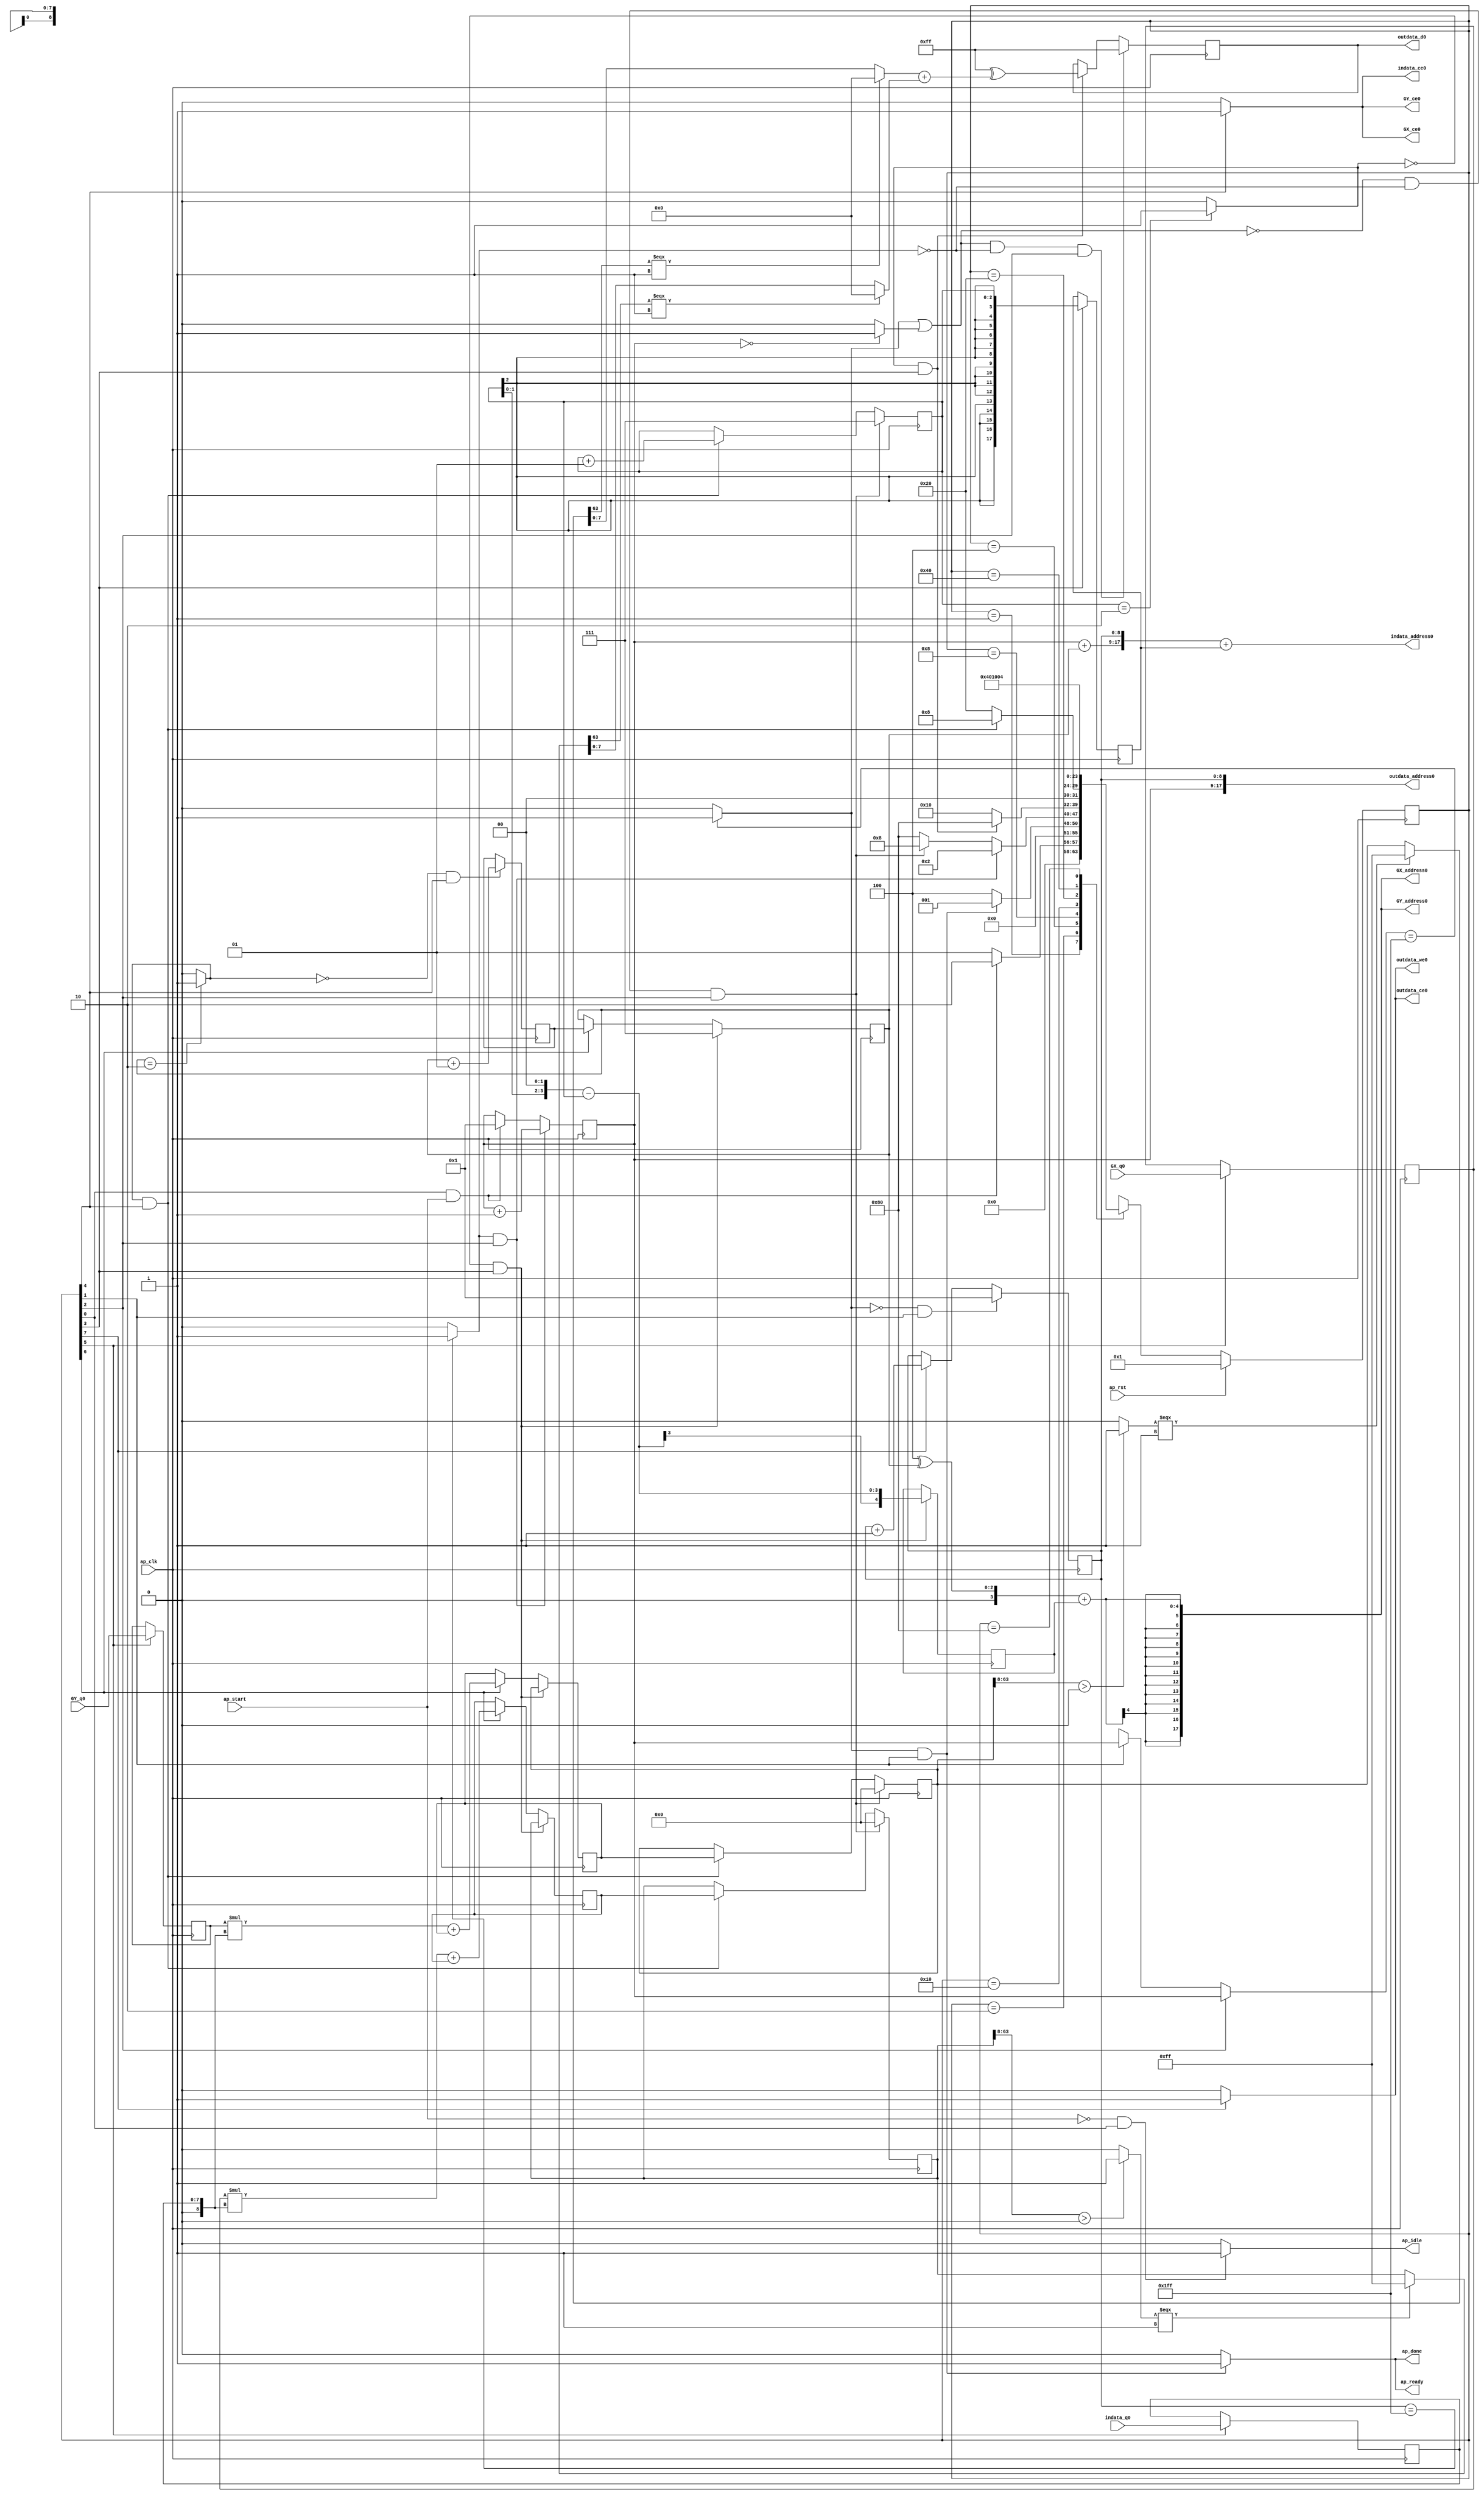
// ==============================================================
// RTL generated by Vivado(TM) HLS - High-Level Synthesis from C, C++ and OpenCL
// Version: 2019.2
// Copyright (C) 1986-2019 Xilinx, Inc. All Rights Reserved.
// 
// ===========================================================

`timescale 1 ns / 1 ps 

(* CORE_GENERATION_INFO="sobel,hls_ip_2019_2,{HLS_INPUT_TYPE=c,HLS_INPUT_FLOAT=0,HLS_INPUT_FIXED=0,HLS_INPUT_PART=xc7k70t-fbv676-1,HLS_INPUT_CLOCK=10.000000,HLS_INPUT_ARCH=others,HLS_SYN_CLOCK=8.566000,HLS_SYN_LAT=4942921,HLS_SYN_TPT=none,HLS_SYN_MEM=0,HLS_SYN_DSP=4,HLS_SYN_FF=394,HLS_SYN_LUT=743,HLS_VERSION=2019_2}" *)

module sobel (
        ap_clk,
        ap_rst,
        ap_start,
        ap_done,
        ap_idle,
        ap_ready,
        indata_address0,
        indata_ce0,
        indata_q0,
        outdata_address0,
        outdata_ce0,
        outdata_we0,
        outdata_d0,
        GX_address0,
        GX_ce0,
        GX_q0,
        GY_address0,
        GY_ce0,
        GY_q0
);

parameter    ap_ST_fsm_state1 = 8'd1;
parameter    ap_ST_fsm_state2 = 8'd2;
parameter    ap_ST_fsm_state3 = 8'd4;
parameter    ap_ST_fsm_state4 = 8'd8;
parameter    ap_ST_fsm_state5 = 8'd16;
parameter    ap_ST_fsm_state6 = 8'd32;
parameter    ap_ST_fsm_state7 = 8'd64;
parameter    ap_ST_fsm_state8 = 8'd128;

input   ap_clk;
input   ap_rst;
input   ap_start;
output   ap_done;
output   ap_idle;
output   ap_ready;
output  [17:0] indata_address0;
output   indata_ce0;
input  [7:0] indata_q0;
output  [17:0] outdata_address0;
output   outdata_ce0;
output   outdata_we0;
output  [7:0] outdata_d0;
output  [17:0] GX_address0;
output   GX_ce0;
input  [31:0] GX_q0;
output  [17:0] GY_address0;
output   GY_ce0;
input  [31:0] GY_q0;

reg ap_done;
reg ap_idle;
reg ap_ready;
reg indata_ce0;
reg outdata_ce0;
reg outdata_we0;
reg GX_ce0;
reg GY_ce0;

(* fsm_encoding = "none" *) reg   [7:0] ap_CS_fsm;
wire    ap_CS_fsm_state1;
wire   [8:0] Y_fu_242_p2;
wire    ap_CS_fsm_state3;
wire   [0:0] icmp_ln14_fu_224_p2;
wire  signed [17:0] sext_ln37_fu_248_p1;
reg  signed [17:0] sext_ln37_reg_521;
wire    ap_CS_fsm_state4;
wire  signed [4:0] sext_ln39_1_fu_280_p1;
reg  signed [4:0] sext_ln39_1_reg_529;
wire   [0:0] icmp_ln37_fu_256_p2;
wire   [7:0] xor_ln51_fu_378_p2;
wire    ap_CS_fsm_state5;
wire   [0:0] icmp_ln38_fu_384_p2;
wire   [2:0] J_fu_443_p2;
reg   [2:0] J_reg_557;
wire   [2:0] I_fu_449_p2;
reg   [7:0] indata_load_reg_567;
wire    ap_CS_fsm_state6;
reg  signed [31:0] GX_load_reg_572;
reg  signed [31:0] GY_load_reg_577;
wire   [63:0] sumX_fu_467_p2;
wire    ap_CS_fsm_state7;
wire   [63:0] sumY_fu_482_p2;
wire   [8:0] X_fu_501_p2;
wire    ap_CS_fsm_state8;
wire   [8:0] ap_phi_mux_Y_0_phi_fu_114_p4;
reg   [8:0] Y_0_reg_110;
reg   [8:0] X_0_reg_122;
wire    ap_CS_fsm_state2;
wire   [0:0] grp_fu_217_p2;
reg   [63:0] sumY_0_reg_134;
wire   [0:0] empty_7_fu_236_p2;
reg   [63:0] sumX_0_reg_146;
reg  signed [2:0] I_0_reg_158;
reg   [63:0] sumY_1_reg_170;
reg   [63:0] sumX_1_reg_182;
reg  signed [2:0] J_0_reg_194;
reg   [7:0] phi_ln53_reg_205;
wire   [63:0] zext_ln39_fu_413_p1;
wire   [63:0] zext_ln39_3_fu_437_p1;
wire   [63:0] zext_ln53_fu_496_p1;
reg   [8:0] grp_fu_217_p0;
wire   [0:0] empty_6_fu_230_p2;
wire   [1:0] trunc_ln39_fu_262_p1;
wire   [3:0] shl_ln_fu_266_p3;
wire  signed [3:0] sext_ln37_1_fu_252_p1;
wire   [3:0] sub_ln39_fu_274_p2;
wire   [55:0] tmp_1_fu_284_p4;
wire   [0:0] icmp_ln43_fu_294_p2;
wire   [63:0] select_ln43_fu_300_p3;
wire   [0:0] tmp_2_fu_308_p3;
wire   [7:0] trunc_ln44_fu_316_p1;
wire   [55:0] tmp_3_fu_328_p4;
wire   [0:0] icmp_ln47_fu_338_p2;
wire   [63:0] select_ln47_fu_344_p3;
wire   [0:0] tmp_4_fu_352_p3;
wire   [7:0] trunc_ln48_fu_360_p1;
wire   [7:0] select_ln48_fu_364_p3;
wire   [7:0] select_ln44_fu_320_p3;
wire   [7:0] add_ln51_fu_372_p2;
wire  signed [8:0] sext_ln39_2_fu_390_p1;
wire   [8:0] add_ln39_fu_394_p2;
wire   [17:0] tmp_fu_400_p3;
wire   [17:0] add_ln39_1_fu_408_p2;
wire   [2:0] xor_ln39_fu_418_p2;
wire   [4:0] zext_ln39_2_fu_424_p1;
wire   [4:0] add_ln39_2_fu_428_p2;
wire  signed [31:0] sext_ln39_3_fu_433_p1;
wire   [7:0] mul_ln39_fu_458_p1;
wire   [31:0] zext_ln39_1_fu_455_p1;
wire   [31:0] mul_ln39_fu_458_p2;
wire  signed [63:0] sext_ln39_fu_463_p1;
wire   [7:0] mul_ln40_fu_473_p1;
wire   [31:0] mul_ln40_fu_473_p2;
wire  signed [63:0] sext_ln40_fu_478_p1;
wire   [17:0] add_ln_fu_488_p3;
reg   [7:0] ap_NS_fsm;

// power-on initialization
initial begin
#0 ap_CS_fsm = 8'd1;
end

always @ (posedge ap_clk) begin
    if (ap_rst == 1'b1) begin
        ap_CS_fsm <= ap_ST_fsm_state1;
    end else begin
        ap_CS_fsm <= ap_NS_fsm;
    end
end

always @ (posedge ap_clk) begin
    if (((empty_7_fu_236_p2 == 1'd0) & (icmp_ln14_fu_224_p2 == 1'd0) & (1'b1 == ap_CS_fsm_state3))) begin
        I_0_reg_158 <= 3'd7;
    end else if (((icmp_ln38_fu_384_p2 == 1'd1) & (1'b1 == ap_CS_fsm_state5))) begin
        I_0_reg_158 <= I_fu_449_p2;
    end
end

always @ (posedge ap_clk) begin
    if (((icmp_ln37_fu_256_p2 == 1'd0) & (1'b1 == ap_CS_fsm_state4))) begin
        J_0_reg_194 <= 3'd7;
    end else if ((1'b1 == ap_CS_fsm_state7)) begin
        J_0_reg_194 <= J_reg_557;
    end
end

always @ (posedge ap_clk) begin
    if (((grp_fu_217_p2 == 1'd0) & (1'b1 == ap_CS_fsm_state2))) begin
        X_0_reg_122 <= 9'd1;
    end else if ((1'b1 == ap_CS_fsm_state8)) begin
        X_0_reg_122 <= X_fu_501_p2;
    end
end

always @ (posedge ap_clk) begin
    if (((icmp_ln14_fu_224_p2 == 1'd1) & (1'b1 == ap_CS_fsm_state3))) begin
        Y_0_reg_110 <= Y_fu_242_p2;
    end else if (((1'b1 == ap_CS_fsm_state1) & (ap_start == 1'b1))) begin
        Y_0_reg_110 <= 9'd1;
    end
end

always @ (posedge ap_clk) begin
    if (((empty_7_fu_236_p2 == 1'd1) & (icmp_ln14_fu_224_p2 == 1'd0) & (1'b1 == ap_CS_fsm_state3))) begin
        phi_ln53_reg_205 <= 8'd255;
    end else if (((icmp_ln37_fu_256_p2 == 1'd1) & (1'b1 == ap_CS_fsm_state4))) begin
        phi_ln53_reg_205 <= xor_ln51_fu_378_p2;
    end
end

always @ (posedge ap_clk) begin
    if (((empty_7_fu_236_p2 == 1'd0) & (icmp_ln14_fu_224_p2 == 1'd0) & (1'b1 == ap_CS_fsm_state3))) begin
        sumX_0_reg_146 <= 64'd0;
    end else if (((icmp_ln38_fu_384_p2 == 1'd1) & (1'b1 == ap_CS_fsm_state5))) begin
        sumX_0_reg_146 <= sumX_1_reg_182;
    end
end

always @ (posedge ap_clk) begin
    if (((icmp_ln37_fu_256_p2 == 1'd0) & (1'b1 == ap_CS_fsm_state4))) begin
        sumX_1_reg_182 <= sumX_0_reg_146;
    end else if ((1'b1 == ap_CS_fsm_state7)) begin
        sumX_1_reg_182 <= sumX_fu_467_p2;
    end
end

always @ (posedge ap_clk) begin
    if (((empty_7_fu_236_p2 == 1'd0) & (icmp_ln14_fu_224_p2 == 1'd0) & (1'b1 == ap_CS_fsm_state3))) begin
        sumY_0_reg_134 <= 64'd0;
    end else if (((icmp_ln38_fu_384_p2 == 1'd1) & (1'b1 == ap_CS_fsm_state5))) begin
        sumY_0_reg_134 <= sumY_1_reg_170;
    end
end

always @ (posedge ap_clk) begin
    if (((icmp_ln37_fu_256_p2 == 1'd0) & (1'b1 == ap_CS_fsm_state4))) begin
        sumY_1_reg_170 <= sumY_0_reg_134;
    end else if ((1'b1 == ap_CS_fsm_state7)) begin
        sumY_1_reg_170 <= sumY_fu_482_p2;
    end
end

always @ (posedge ap_clk) begin
    if ((1'b1 == ap_CS_fsm_state6)) begin
        GX_load_reg_572 <= GX_q0;
        GY_load_reg_577 <= GY_q0;
        indata_load_reg_567 <= indata_q0;
    end
end

always @ (posedge ap_clk) begin
    if (((icmp_ln38_fu_384_p2 == 1'd0) & (1'b1 == ap_CS_fsm_state5))) begin
        J_reg_557 <= J_fu_443_p2;
    end
end

always @ (posedge ap_clk) begin
    if ((1'b1 == ap_CS_fsm_state4)) begin
        sext_ln37_reg_521 <= sext_ln37_fu_248_p1;
    end
end

always @ (posedge ap_clk) begin
    if (((icmp_ln37_fu_256_p2 == 1'd0) & (1'b1 == ap_CS_fsm_state4))) begin
        sext_ln39_1_reg_529 <= sext_ln39_1_fu_280_p1;
    end
end

always @ (*) begin
    if ((1'b1 == ap_CS_fsm_state5)) begin
        GX_ce0 = 1'b1;
    end else begin
        GX_ce0 = 1'b0;
    end
end

always @ (*) begin
    if ((1'b1 == ap_CS_fsm_state5)) begin
        GY_ce0 = 1'b1;
    end else begin
        GY_ce0 = 1'b0;
    end
end

always @ (*) begin
    if (((grp_fu_217_p2 == 1'd1) & (1'b1 == ap_CS_fsm_state2))) begin
        ap_done = 1'b1;
    end else begin
        ap_done = 1'b0;
    end
end

always @ (*) begin
    if (((ap_start == 1'b0) & (1'b1 == ap_CS_fsm_state1))) begin
        ap_idle = 1'b1;
    end else begin
        ap_idle = 1'b0;
    end
end

always @ (*) begin
    if (((grp_fu_217_p2 == 1'd1) & (1'b1 == ap_CS_fsm_state2))) begin
        ap_ready = 1'b1;
    end else begin
        ap_ready = 1'b0;
    end
end

always @ (*) begin
    if ((1'b1 == ap_CS_fsm_state3)) begin
        grp_fu_217_p0 = Y_0_reg_110;
    end else if ((1'b1 == ap_CS_fsm_state2)) begin
        grp_fu_217_p0 = ap_phi_mux_Y_0_phi_fu_114_p4;
    end else begin
        grp_fu_217_p0 = 'bx;
    end
end

always @ (*) begin
    if ((1'b1 == ap_CS_fsm_state5)) begin
        indata_ce0 = 1'b1;
    end else begin
        indata_ce0 = 1'b0;
    end
end

always @ (*) begin
    if ((1'b1 == ap_CS_fsm_state8)) begin
        outdata_ce0 = 1'b1;
    end else begin
        outdata_ce0 = 1'b0;
    end
end

always @ (*) begin
    if ((1'b1 == ap_CS_fsm_state8)) begin
        outdata_we0 = 1'b1;
    end else begin
        outdata_we0 = 1'b0;
    end
end

always @ (*) begin
    case (ap_CS_fsm)
        ap_ST_fsm_state1 : begin
            if (((1'b1 == ap_CS_fsm_state1) & (ap_start == 1'b1))) begin
                ap_NS_fsm = ap_ST_fsm_state2;
            end else begin
                ap_NS_fsm = ap_ST_fsm_state1;
            end
        end
        ap_ST_fsm_state2 : begin
            if (((grp_fu_217_p2 == 1'd1) & (1'b1 == ap_CS_fsm_state2))) begin
                ap_NS_fsm = ap_ST_fsm_state1;
            end else begin
                ap_NS_fsm = ap_ST_fsm_state3;
            end
        end
        ap_ST_fsm_state3 : begin
            if (((icmp_ln14_fu_224_p2 == 1'd1) & (1'b1 == ap_CS_fsm_state3))) begin
                ap_NS_fsm = ap_ST_fsm_state2;
            end else if (((empty_7_fu_236_p2 == 1'd0) & (icmp_ln14_fu_224_p2 == 1'd0) & (1'b1 == ap_CS_fsm_state3))) begin
                ap_NS_fsm = ap_ST_fsm_state4;
            end else begin
                ap_NS_fsm = ap_ST_fsm_state8;
            end
        end
        ap_ST_fsm_state4 : begin
            if (((icmp_ln37_fu_256_p2 == 1'd1) & (1'b1 == ap_CS_fsm_state4))) begin
                ap_NS_fsm = ap_ST_fsm_state8;
            end else begin
                ap_NS_fsm = ap_ST_fsm_state5;
            end
        end
        ap_ST_fsm_state5 : begin
            if (((icmp_ln38_fu_384_p2 == 1'd1) & (1'b1 == ap_CS_fsm_state5))) begin
                ap_NS_fsm = ap_ST_fsm_state4;
            end else begin
                ap_NS_fsm = ap_ST_fsm_state6;
            end
        end
        ap_ST_fsm_state6 : begin
            ap_NS_fsm = ap_ST_fsm_state7;
        end
        ap_ST_fsm_state7 : begin
            ap_NS_fsm = ap_ST_fsm_state5;
        end
        ap_ST_fsm_state8 : begin
            ap_NS_fsm = ap_ST_fsm_state3;
        end
        default : begin
            ap_NS_fsm = 'bx;
        end
    endcase
end

assign GX_address0 = zext_ln39_3_fu_437_p1;

assign GY_address0 = zext_ln39_3_fu_437_p1;

assign I_fu_449_p2 = ($signed(I_0_reg_158) + $signed(3'd1));

assign J_fu_443_p2 = ($signed(J_0_reg_194) + $signed(3'd1));

assign X_fu_501_p2 = (X_0_reg_122 + 9'd1);

assign Y_fu_242_p2 = (Y_0_reg_110 + 9'd1);

assign add_ln39_1_fu_408_p2 = ($signed(tmp_fu_400_p3) + $signed(sext_ln37_reg_521));

assign add_ln39_2_fu_428_p2 = ($signed(zext_ln39_2_fu_424_p1) + $signed(sext_ln39_1_reg_529));

assign add_ln39_fu_394_p2 = ($signed(Y_0_reg_110) + $signed(sext_ln39_2_fu_390_p1));

assign add_ln51_fu_372_p2 = (select_ln48_fu_364_p3 + select_ln44_fu_320_p3);

assign add_ln_fu_488_p3 = {{Y_0_reg_110}, {X_0_reg_122}};

assign ap_CS_fsm_state1 = ap_CS_fsm[32'd0];

assign ap_CS_fsm_state2 = ap_CS_fsm[32'd1];

assign ap_CS_fsm_state3 = ap_CS_fsm[32'd2];

assign ap_CS_fsm_state4 = ap_CS_fsm[32'd3];

assign ap_CS_fsm_state5 = ap_CS_fsm[32'd4];

assign ap_CS_fsm_state6 = ap_CS_fsm[32'd5];

assign ap_CS_fsm_state7 = ap_CS_fsm[32'd6];

assign ap_CS_fsm_state8 = ap_CS_fsm[32'd7];

assign ap_phi_mux_Y_0_phi_fu_114_p4 = Y_0_reg_110;

assign empty_6_fu_230_p2 = ((Y_0_reg_110 == 9'd0) ? 1'b1 : 1'b0);

assign empty_7_fu_236_p2 = (grp_fu_217_p2 | empty_6_fu_230_p2);

assign grp_fu_217_p2 = ((grp_fu_217_p0 == 9'd511) ? 1'b1 : 1'b0);

assign icmp_ln14_fu_224_p2 = ((X_0_reg_122 == 9'd511) ? 1'b1 : 1'b0);

assign icmp_ln37_fu_256_p2 = ((I_0_reg_158 == 3'd2) ? 1'b1 : 1'b0);

assign icmp_ln38_fu_384_p2 = ((J_0_reg_194 == 3'd2) ? 1'b1 : 1'b0);

assign icmp_ln43_fu_294_p2 = (($signed(tmp_1_fu_284_p4) > $signed(56'd0)) ? 1'b1 : 1'b0);

assign icmp_ln47_fu_338_p2 = (($signed(tmp_3_fu_328_p4) > $signed(56'd0)) ? 1'b1 : 1'b0);

assign indata_address0 = zext_ln39_fu_413_p1;

assign mul_ln39_fu_458_p1 = zext_ln39_1_fu_455_p1;

assign mul_ln39_fu_458_p2 = ($signed(GX_load_reg_572) * $signed({{1'b0}, {mul_ln39_fu_458_p1}}));

assign mul_ln40_fu_473_p1 = zext_ln39_1_fu_455_p1;

assign mul_ln40_fu_473_p2 = ($signed(GY_load_reg_577) * $signed({{1'b0}, {mul_ln40_fu_473_p1}}));

assign outdata_address0 = zext_ln53_fu_496_p1;

assign outdata_d0 = phi_ln53_reg_205;

assign select_ln43_fu_300_p3 = ((icmp_ln43_fu_294_p2[0:0] === 1'b1) ? 64'd255 : sumX_0_reg_146);

assign select_ln44_fu_320_p3 = ((tmp_2_fu_308_p3[0:0] === 1'b1) ? 8'd0 : trunc_ln44_fu_316_p1);

assign select_ln47_fu_344_p3 = ((icmp_ln47_fu_338_p2[0:0] === 1'b1) ? 64'd255 : sumY_0_reg_134);

assign select_ln48_fu_364_p3 = ((tmp_4_fu_352_p3[0:0] === 1'b1) ? 8'd0 : trunc_ln48_fu_360_p1);

assign sext_ln37_1_fu_252_p1 = I_0_reg_158;

assign sext_ln37_fu_248_p1 = I_0_reg_158;

assign sext_ln39_1_fu_280_p1 = $signed(sub_ln39_fu_274_p2);

assign sext_ln39_2_fu_390_p1 = J_0_reg_194;

assign sext_ln39_3_fu_433_p1 = $signed(add_ln39_2_fu_428_p2);

assign sext_ln39_fu_463_p1 = $signed(mul_ln39_fu_458_p2);

assign sext_ln40_fu_478_p1 = $signed(mul_ln40_fu_473_p2);

assign shl_ln_fu_266_p3 = {{trunc_ln39_fu_262_p1}, {2'd0}};

assign sub_ln39_fu_274_p2 = ($signed(shl_ln_fu_266_p3) - $signed(sext_ln37_1_fu_252_p1));

assign sumX_fu_467_p2 = ($signed(sext_ln39_fu_463_p1) + $signed(sumX_1_reg_182));

assign sumY_fu_482_p2 = ($signed(sext_ln40_fu_478_p1) + $signed(sumY_1_reg_170));

assign tmp_1_fu_284_p4 = {{sumX_0_reg_146[63:8]}};

assign tmp_2_fu_308_p3 = select_ln43_fu_300_p3[32'd63];

assign tmp_3_fu_328_p4 = {{sumY_0_reg_134[63:8]}};

assign tmp_4_fu_352_p3 = select_ln47_fu_344_p3[32'd63];

assign tmp_fu_400_p3 = {{add_ln39_fu_394_p2}, {X_0_reg_122}};

assign trunc_ln39_fu_262_p1 = I_0_reg_158[1:0];

assign trunc_ln44_fu_316_p1 = select_ln43_fu_300_p3[7:0];

assign trunc_ln48_fu_360_p1 = select_ln47_fu_344_p3[7:0];

assign xor_ln39_fu_418_p2 = (3'd4 ^ J_0_reg_194);

assign xor_ln51_fu_378_p2 = (8'd255 ^ add_ln51_fu_372_p2);

assign zext_ln39_1_fu_455_p1 = indata_load_reg_567;

assign zext_ln39_2_fu_424_p1 = xor_ln39_fu_418_p2;

assign zext_ln39_3_fu_437_p1 = $unsigned(sext_ln39_3_fu_433_p1);

assign zext_ln39_fu_413_p1 = add_ln39_1_fu_408_p2;

assign zext_ln53_fu_496_p1 = add_ln_fu_488_p3;

endmodule //sobel